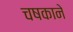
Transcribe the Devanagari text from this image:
चषकाने